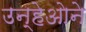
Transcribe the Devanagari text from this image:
उन्हेओने